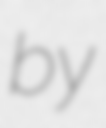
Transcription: by